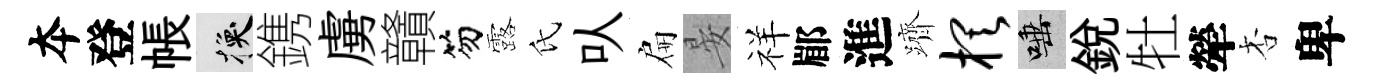
夲登帳换鎸虜贛笏露氏㕥扁晏祥郿進躋棋唾銳牡犖杏卑